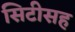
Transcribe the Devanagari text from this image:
सिटीसह